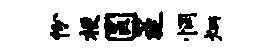
份梗圆筵惘炳